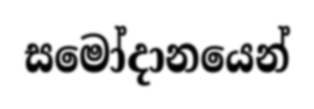
සමෝදානයෙන්